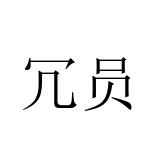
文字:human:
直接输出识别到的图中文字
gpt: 冗员